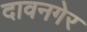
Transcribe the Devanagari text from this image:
दावनगेर